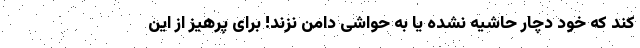
کند که خود دچار حاشیه نشده یا به حواشی دامن نزند! برای پرهیز از این